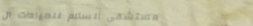
مستشفى السلام للعيادات ال